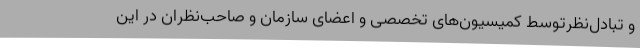
و تبادل‌نظرتوسط کمیسیون‌های تخصصی و اعضای سازمان و صاحب‌نظران در این